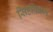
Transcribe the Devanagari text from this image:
सिंहविक्रम